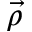
\Vec { \rho }